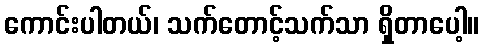
ကောင်းပါတယ်၊ သက်တောင့်သက်သာ ရှိတာပေါ့။